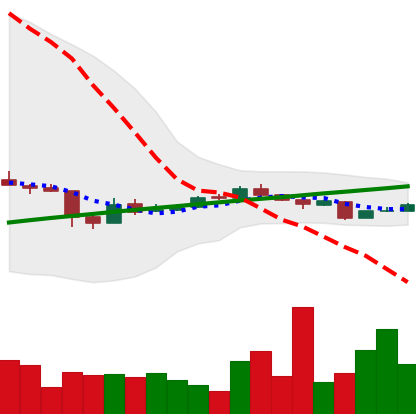
Ticker: BTC-USD
Chart end date: 2016-08-30
Forward return: 5.391%
Label: up_5_7